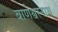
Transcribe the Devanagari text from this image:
बाणेश्वरनाथ